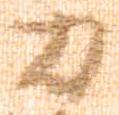
力